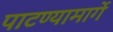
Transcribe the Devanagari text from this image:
पाटण्यामार्गे